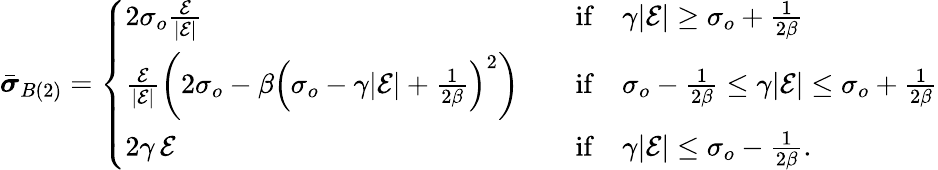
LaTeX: \begin{array}{r}{\bar{\boldsymbol{\sigma}}_{B(2)}=\left\{ \begin{array}{ll}{2\sigma_{o}\frac{\mathcal{E}}{|\mathcal{E}|}}&{\quad\mathrm{if}\quad\gamma|\mathcal{E}|\ge\sigma_{o}+\frac{1}{2\beta}}\\ {\frac{\mathcal{E}}{|\mathcal{E}|}\left(2\sigma_{o}-\beta\left(\sigma_{o}-\gamma|\mathcal{E}|+\frac{1}{2\beta}\right)^{2}\right)}&{\quad\mathrm{if}\quad\sigma_{o}-\frac{1}{2\beta}\le\gamma|\mathcal{E}|\le\sigma_{o}+\frac{1}{2\beta}}\\ {2\gamma\, \mathcal{E}}&{\quad\mathrm{if}\quad\gamma|\mathcal{E}|\le\sigma_{o}-\frac{1}{2\beta}.}\end{array}\right.}\end{array}